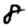
Digit: 8